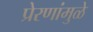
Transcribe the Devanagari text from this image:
प्रेरणांमुळे